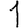
Digit: 1